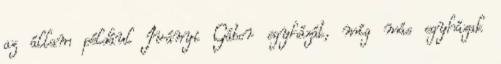
az állam például Iványi Gábor egyházát, míg más egyházak